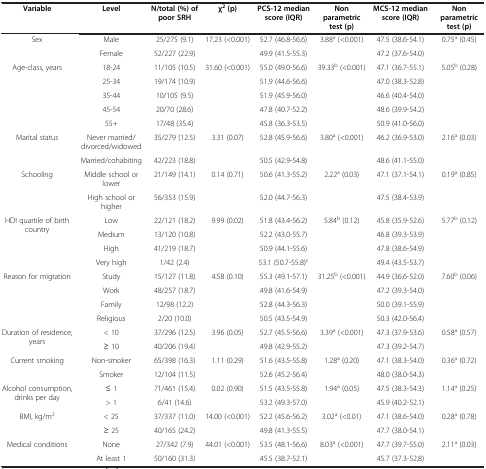
<table><thead><tr><td><b>Variable</b></td><td><b>Level</b></td><td><b>N/total (%) of poor SRH</b></td><td><b>χ<sup>2 </sup>(p)</b></td><td><b>PCS-12 median score (IQR)</b></td><td><b>Non parametric test (p)</b></td><td><b>MCS-12 median score (IQR)</b></td><td><b>Non parametric test (p)</b></td></tr></thead><tbody><tr><td rowspan="2">Sex</td><td>Male</td><td>25/275 (9.1)</td><td rowspan="2">17.23 (&lt;0.001)</td><td>52.7 (46.8-56.6)</td><td rowspan="2">3.88<sup>a</sup> (&lt;0.001)</td><td>47.5 (38.6-54.1)</td><td rowspan="2">0.75<sup>a</sup> (0.45)</td></tr><tr><td>Female</td><td>52/227 (22.9)</td><td>49.9 (41.5-55.3)</td><td>47.2 (37.6-54.0)</td></tr><tr><td rowspan="5">Age-class, years</td><td>18-24</td><td>11/105 (10.5)</td><td rowspan="5">31.60 (&lt;0.001)</td><td>55.0 (49.0-56.6)</td><td rowspan="5">39.33<sup>b</sup> (&lt;0.001)</td><td>47.1 (36.7-55.1)</td><td rowspan="5">5.05<sup>b</sup> (0.28)</td></tr><tr><td>25-34</td><td>19/174 (10.9)</td><td>51.9 (44.6-56.6)</td><td>47.0 (38.3-52.8)</td></tr><tr><td>35-44</td><td>10/105 (9.5)</td><td>51.9 (45.9-56.0)</td><td>46.6 (40.4-54.0)</td></tr><tr><td>45-54</td><td>20/70 (28.6)</td><td>47.8 (40.7-52.2)</td><td>48.6 (39.9-54.2)</td></tr><tr><td>55+</td><td>17/48 (35.4)</td><td>45.8 (36.3-53.5)</td><td>50.9 (41.0-56.0)</td></tr><tr><td rowspan="2">Marital status</td><td>Never married/divorced/widowed</td><td>35/279 (12.5)</td><td rowspan="2">3.31 (0.07)</td><td>52.8 (45.9-56.6)</td><td rowspan="2">3.80<sup>a</sup> (&lt;0.001)</td><td>46.2 (36.9-53.0)</td><td rowspan="2">2.16<sup>a</sup> (0.03)</td></tr><tr><td>Married/cohabiting</td><td>42/223 (18.8)</td><td>50.5 (42.9-54.8)</td><td>48.6 (41.1-55.0)</td></tr><tr><td rowspan="2">Schooling</td><td>Middle school or lower</td><td>21/149 (14.1)</td><td rowspan="2">0.14 (0.71)</td><td>50.6 (41.3-55.2)</td><td rowspan="2">2.22<sup>a</sup> (0.03)</td><td>47.1 (37.1-54.1)</td><td rowspan="2">0.19<sup>a</sup> (0.85)</td></tr><tr><td>High school or higher</td><td>56/353 (15.9)</td><td>52.0 (44.7-56.3)</td><td>47.5 (38.4-53.9)</td></tr><tr><td rowspan="4">HDI quartile of birth country</td><td>Low</td><td>22/121 (18.2)</td><td rowspan="4">9.99 (0.02)</td><td>51.8 (43.4-56.2)</td><td rowspan="4">5.84<sup>b</sup> (0.12)</td><td>45.8 (35.9-52.6)</td><td rowspan="4">5.77<sup>b</sup> (0.12)</td></tr><tr><td>Medium</td><td>13/120 (10.8)</td><td>52.2 (43.0-55.7)</td><td>46.8 (39.3-53.9)</td></tr><tr><td>High</td><td>41/219 (18.7)</td><td>50.9 (44.1-55.6)</td><td>47.8 (38.6-54.9)</td></tr><tr><td>Very high</td><td>1/42 (2.4)</td><td>53.1 (50.7-55.8)<sup>c</sup></td><td>49.4 (43.5-53.7)</td></tr><tr><td rowspan="4">Reason for migration</td><td>Study</td><td>15/127 (11.8)</td><td rowspan="4">4.58 (0.10)</td><td>55.3 (49.1-57.1)</td><td rowspan="4">31.25<sup>b</sup> (&lt;0.001)</td><td>44.9 (36.6-52.0)</td><td rowspan="4">7.60<sup>b</sup> (0.06)</td></tr><tr><td>Work</td><td>48/257 (18.7)</td><td>49.8 (41.6-54.9)</td><td>47.2 (39.3-54.0)</td></tr><tr><td>Family</td><td>12/98 (12.2)</td><td>52.8 (44.3-56.3)</td><td>50.0 (39.1-55.9)</td></tr><tr><td>Religious</td><td>2/20 (10.0)</td><td>50.5 (43.5-54.9)</td><td>50.3 (42.0-56.4)</td></tr><tr><td rowspan="2">Duration of residence, years</td><td>&lt; 10</td><td>37/296 (12.5)</td><td rowspan="2">3.96 (0.05)</td><td>52.7 (45.5-56.6)</td><td rowspan="2">3.39<sup>a</sup> (&lt;0.001)</td><td>47.3 (37.9-53.6)</td><td rowspan="2">0.58<sup>a</sup> (0.57)</td></tr><tr><td>≥ 10</td><td>40/206 (19.4)</td><td>49.8 (42.9-55.2)</td><td>47.3 (39.2-54.7)</td></tr><tr><td rowspan="2">Current smoking</td><td>Non-smoker</td><td>65/398 (16.3)</td><td rowspan="2">1.11 (0.29)</td><td>51.6 (43.5-55.8)</td><td rowspan="2">1.28<sup>a</sup> (0.20)</td><td>47.1 (38.3-54.0)</td><td rowspan="2">0.36<sup>a</sup> (0.72)</td></tr><tr><td>Smoker</td><td>12/104 (11.5)</td><td>52.6 (45.2-56.4)</td><td>48.0 (38.0-54.3)</td></tr><tr><td rowspan="2">Alcohol consumption, drinks per day</td><td>≤ 1</td><td>71/461 (15.4)</td><td rowspan="2">0.02 (0.90)</td><td>51.5 (43.5-55.8)</td><td rowspan="2">1.94<sup>a</sup> (0.05)</td><td>47.5 (38.3-54.3)</td><td rowspan="2">1.14<sup>a</sup> (0.25)</td></tr><tr><td>&gt; 1</td><td>6/41 (14.6)</td><td>53.2 (49.3-57.0)</td><td>45.9 (40.2-52.1)</td></tr><tr><td rowspan="2">BMI, kg/m<sup>2</sup></td><td>&lt; 25</td><td>37/337 (11.0)</td><td rowspan="2">14.00 (&lt;0.001)</td><td>52.2 (45.6-56.2)</td><td rowspan="2">3.02<sup>a</sup> (&lt;0.01)</td><td>47.1 (38.6-54.0)</td><td rowspan="2">0.28<sup>a</sup> (0.78)</td></tr><tr><td>≥ 25</td><td>40/165 (24.2)</td><td>49.8 (41.3-55.5)</td><td>47.7 (38.0-54.1)</td></tr><tr><td>Medical conditions</td><td>None</td><td>27/342 (7.9)</td><td>44.01 (&lt;0.001)</td><td>53.5 (48.1-56.6)</td><td>8.03<sup>a</sup> (&lt;0.001)</td><td>47.7 (39.7-55.0)</td><td>2.11<sup>a</sup> (0.03)</td></tr><tr><td> </td><td>At least 1</td><td>50/160 (31.3)</td><td> </td><td>45.5 (38.7-52.1)</td><td> </td><td>45.7 (37.3-52.8)</td><td> </td></tr></tbody></table>